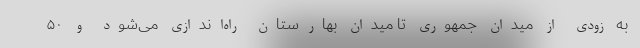
به زودی از میدان جمهوری تا میدان بهارستان راه‌اندازی می‌شود و ۵۰